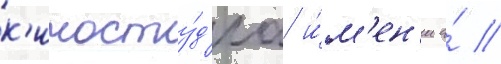
к'иносту́д'иа и́м'ен'и а́ //